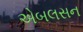
એબલસન